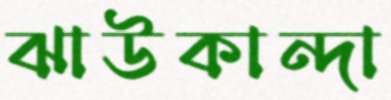
ঝাউকান্দা